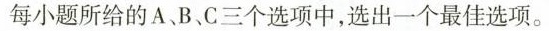
每小题所给的A B.C三个选项中,选出一个最佳选项。